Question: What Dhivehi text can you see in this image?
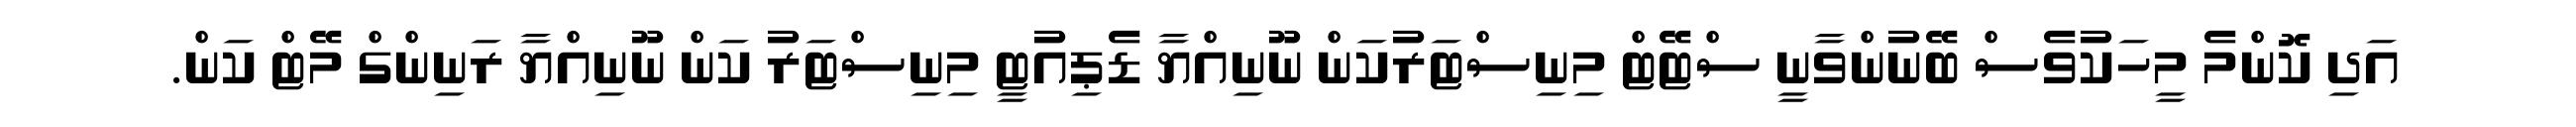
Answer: އަދި ކޮންމެ މީހަކުވެސް ބޭނުންވާނީ ސްޓޭޓް މިނިސްޓަރުކަން ނޫނިއްޔާ ޑެޕިއުޓީ މިނިސްޓަރު ކަން ނޫނިއްޔާ ރަނިންގް މޭޓް ކަން.